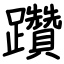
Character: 躦